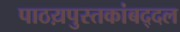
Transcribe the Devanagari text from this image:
पाठय़पुस्तकांबद्दल